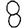
Digit: 8